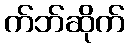
က်ဘ်ဆိုက်